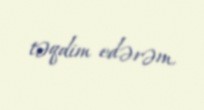
təqdim edərəm.